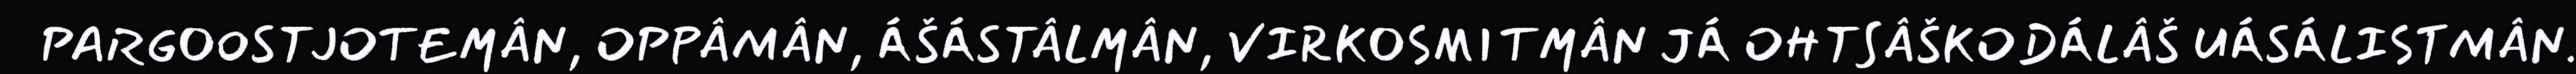
PARGOOSTJOTEMÂN, OPPÂMÂN, ÁŠÁSTÂLMÂN, VIRKOSMITMÂN JÁ OHTSÂŠKODÁLÂŠ UÁSÁLISTMÂN.